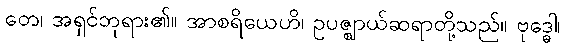
တေ၊ အရှင်ဘုရား၏။ အာစရိယေဟိ၊ ဥပဇ္ဈာယ်ဆရာတို့သည်။ ဗုဒ္ဓေါ၊